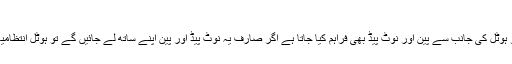
نوٹ پیڈ اور پین
: تقریباً ہر فائیو اسٹار ہوٹل میں صارفین کو ہوٹل کی جانب سے پین اور نوٹ پیڈ بھی فراہم کیا جاتا ہے اگر صارف یہ نوٹ پیڈ اور پین اپنے ساتھ لے جائیں گے تو ہوٹل انتظامیہ کو اس بات سے کوئی اعتراض نہیں ہوتا۔